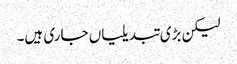
لیکن بڑی تبدیلیاں جاری ہیں۔